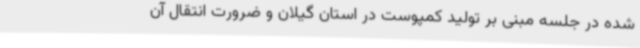
شده در جلسه مبنی بر تولید کمپوست در استان گیلان و ضرورت انتقال آن